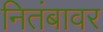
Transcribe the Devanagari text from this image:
नितंबावर